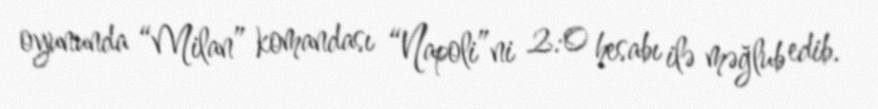
oyununda “Milan” komandası “Napoli”ni 2:0 hesabı ilə məğlub edib.